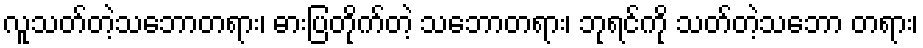
လူသတ်တဲ့သဘောတရား၊ ဓားပြတိုက်တဲ့ သဘောတရား၊ ဘုရင်ကို သတ်တဲ့သဘော တရား၊